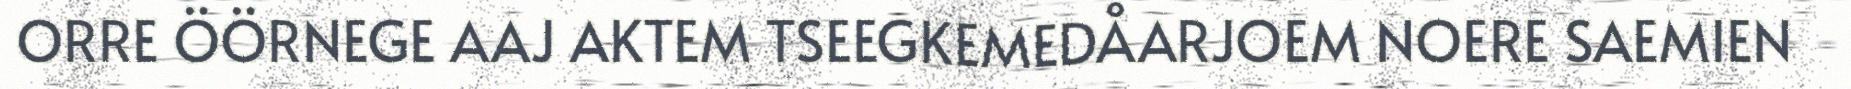
ORRE ÖÖRNEGE AAJ AKTEM TSEEGKEMEDÅARJOEM NOERE SAEMIEN